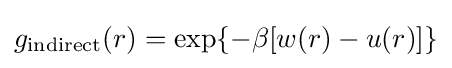
g_{\rm {indirect}}(r)=\exp\{-\beta [w(r)-u(r)]\}